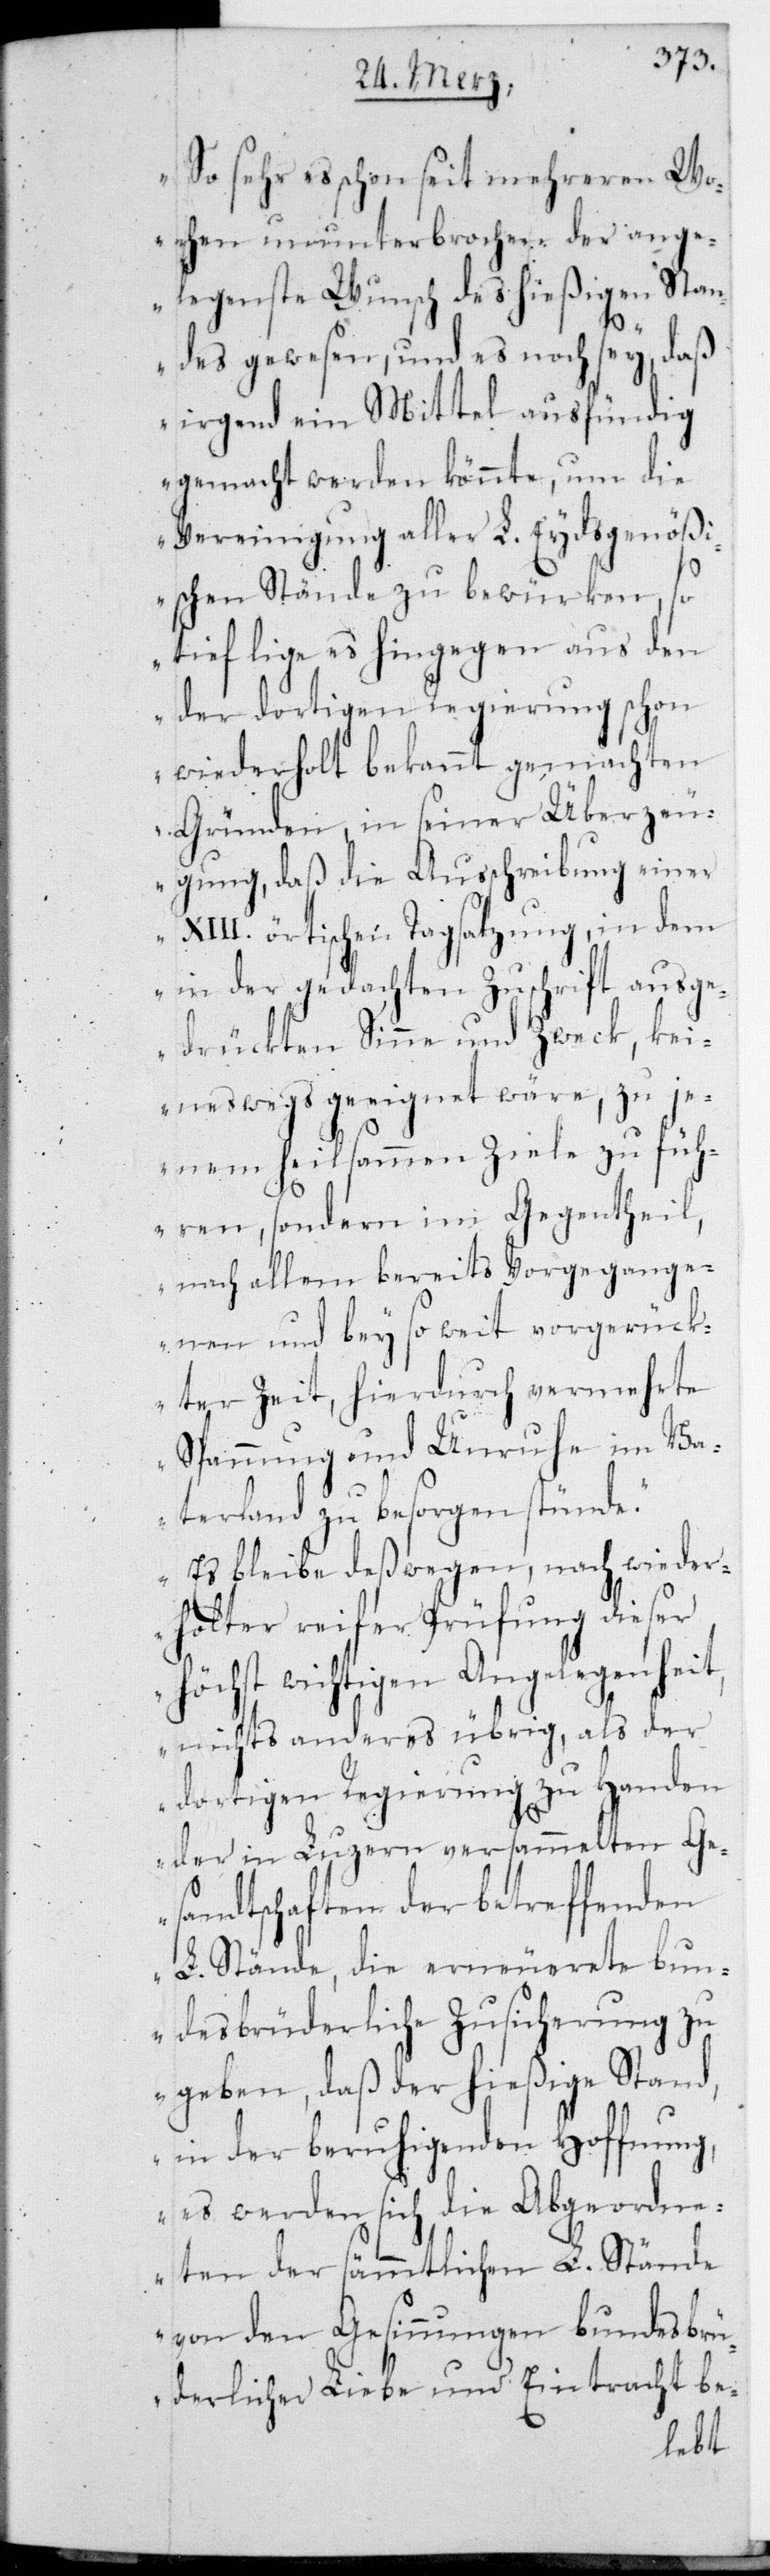
„So sehr es schon seit mehreren Wo¬
chen ununterbrochen der ange¬
legenste Wunsch des hießigen Stan¬
des gewesen und es noch sey, daß
irgend ein Mittel ausfündig
gemacht werden könnte, um die
Vereinigung aller L. Eydsgenößi¬
schen Stände zu bewürken, so
tief liege es hingegen aus den
der dortigen Regierung schon
wiederholt bekannt gemachten
Gründen in seiner Überzeu¬
gung, daß die Ausschreibung einer
XIII. örtischen Tagsatzung, in dem
in der gedachten Zuschrift ausge¬
drückten Sinne und Zweck, kei¬
neswegs geeignet wäre, zu je¬
nem heilsamen Ziele zu füh¬
ren, sondern im Gegentheil,
nach allem bereits Vorgegange¬
nen und bey so weit vorgerück¬
ter Zeit, hierdurch vermehrte
Spannung und Unruhe im Va¬
terland zu besorgen stünde.
Es bleibe deßwegen, nach wieder¬
holter reifer Prüfung dieser
höchst wichtigen Angelegenheit
nichts anderes übrig, als der
dortigen Regierung zu Handen
der in Luzern versammelten Ge¬
sandtschaften der betreffenden
L. Stände, die erneuerete bun¬
desbrüderliche Zusicherung zu
geben, daß der hießige Stand,
in der beruhigenden Hoffnung,
es werden sich die Abgeordne¬
ten der sämmtlichen L. Stände
von den Gesinnungen bundesbr¬
üderlicher Liebe und Eintracht be-